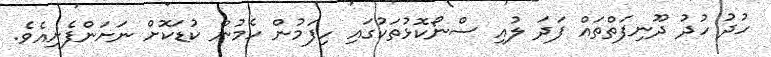
ހުދު ހުދު ދޫނިފަތްތައް ފަދަ ލުއި ސްނޯކޮޅުތަކުގައި ހިފަމުން ހެމުން ކުޑަކޮށް ނަށަންފެށިއެވެ.